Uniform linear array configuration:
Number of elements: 24
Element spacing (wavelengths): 0.25
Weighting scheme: uniform
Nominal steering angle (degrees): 45
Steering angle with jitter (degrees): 46.867
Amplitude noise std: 0.05
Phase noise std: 0.05

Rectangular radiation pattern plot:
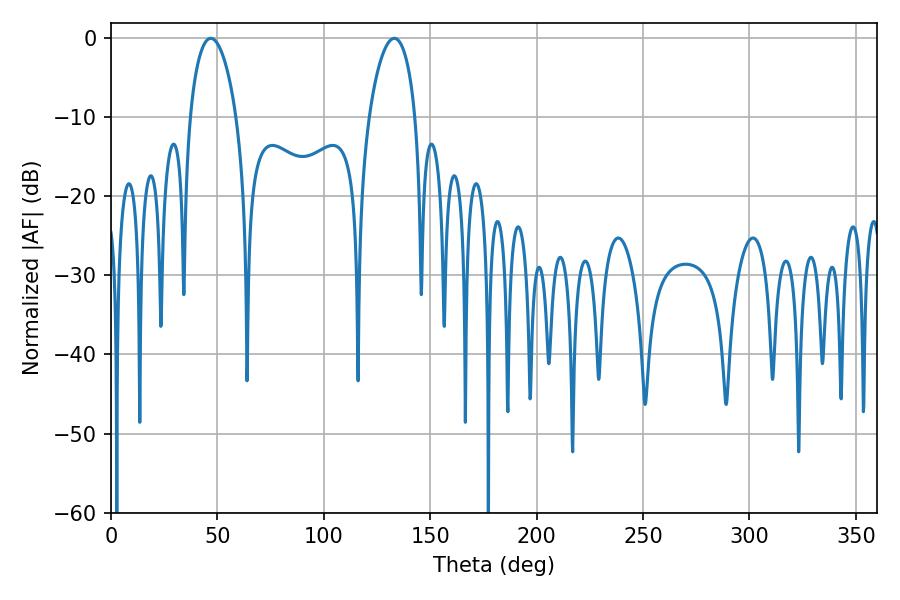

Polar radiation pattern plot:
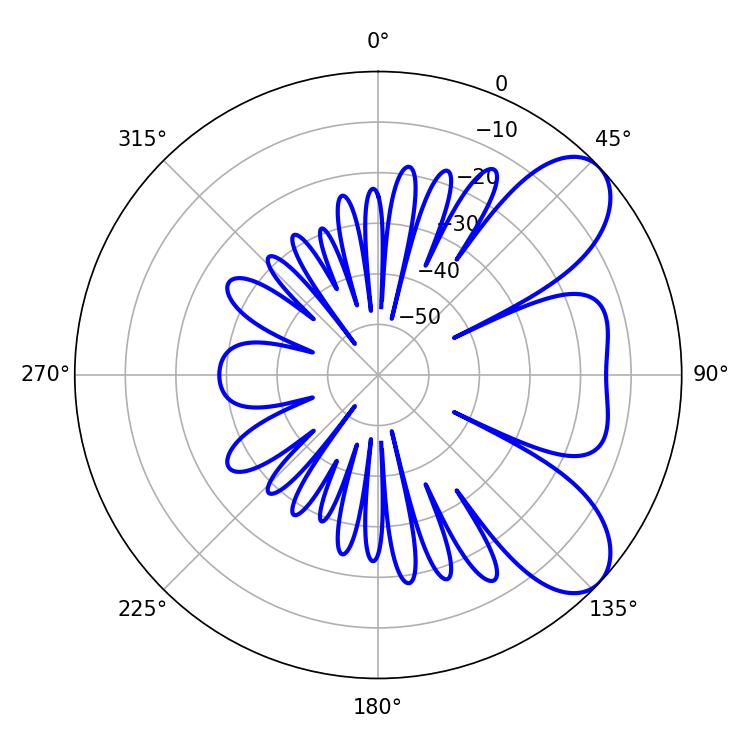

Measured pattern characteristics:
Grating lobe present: FALSE
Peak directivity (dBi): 7.403
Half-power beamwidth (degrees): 12.42
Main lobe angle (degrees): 46.8